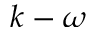
k - \omega